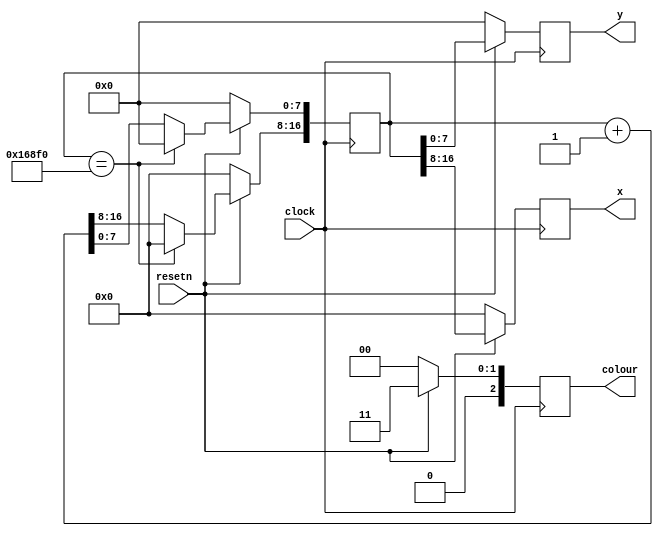
`timescale 1ns / 1ns // `timescale time_unit/time_precision	

module resetter(
	input clock,
	input resetn,
	output reg [8:0] x,
	output reg [7:0] y,
	output reg [2:0] colour
	);
	
	localparam cyan = 3'b011;
	
	// counter
	reg[16:0] q;
	wire [16:0] max = {9'd360, 8'd240}; // counts to a maximum of 360 x 240, i.e. entire screen
	always @(posedge clock)
	begin
		if (resetn == 1'b0) begin
			q <= 1'b0;
		end else if (q[6:0] == 8'd240) begin
			q[16:8] <= q[16:8] + 1'b1;
			q[7:0] <= 1'b0;
		end else if (q == max) begin
			q <= 1'b0;
		end else begin
			q <= q + 1'b1;
		end
	end
	wire[8:0] x_add;
	wire[7:0] y_add;
	assign x_add = q[16:8];
	assign y_add = q[7:0];
	
	// output result register
    always@(posedge clock) begin
		// reset
        if(!resetn) begin
            x <= 8'b0; 
			y <= 7'b0;
			colour <= 3'b0;
        end else begin
			x <= x_add;
			y <= y_add;
			colour <= cyan;
		end
	end
	
endmodule